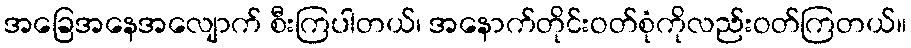
အခြေအနေအလျောက် စီးကြပါတယ်၊ အနောက်တိုင်းဝတ်စုံကိုလည်းဝတ်ကြတယ်။